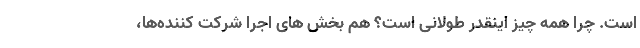
است. چرا همه چیز اینقدر طولانی است؟ هم بخش های اجرا شرکت کننده‌ها،